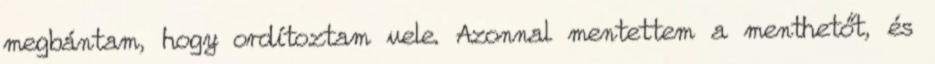
megbántam, hogy ordítoztam vele. Azonnal mentettem a menthetőt, és